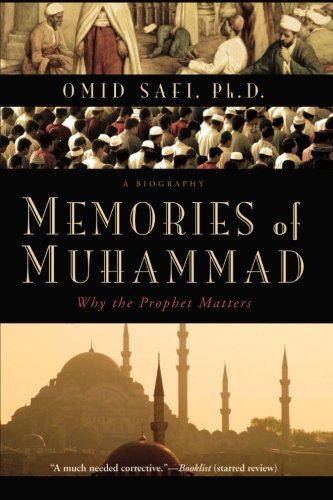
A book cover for Memories of Muhammad: Why the Prophet Matters; Omid Safi; Religion & Spirituality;